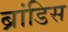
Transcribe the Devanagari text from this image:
ब्रांडिस